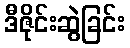
ဒီဇိုင်းဆွဲခြင်း